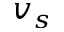
v _ { s }